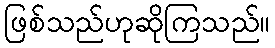
ဖြစ်သည်ဟုဆိုကြသည်။